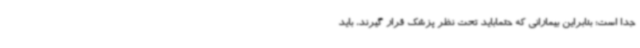
جدا است؛ بنابراین بیمارانی که حتماباید تحت نظر پزشک قرار گیرند، باید